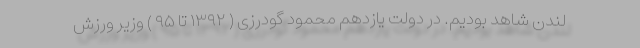
لندن شاهد بودیم. در دولت یازدهم محمود گودرزی ( ۱۳۹۲ تا ۹۵ ) وزیر ورزش